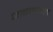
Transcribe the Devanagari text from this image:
जाबमधील